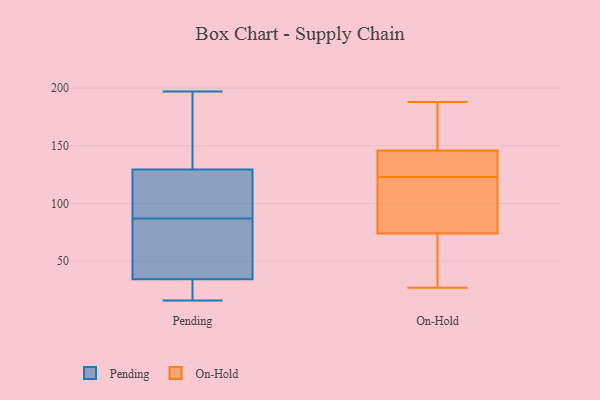
{"axis": {"x": "Budget (USD K)", "y": "Value"}, "legend": ["On-Hold", "Pending"], "data": [{"x": "", "y": 73, "type": "Pending"}, {"x": "", "y": 22, "type": "Pending"}, {"x": "", "y": 122, "type": "Pending"}, {"x": "", "y": 21, "type": "Pending"}, {"x": "", "y": 109, "type": "Pending"}, {"x": "", "y": 79, "type": "Pending"}, {"x": "", "y": 20, "type": "Pending"}, {"x": "", "y": 48, "type": "Pending"}, {"x": "", "y": 171, "type": "Pending"}, {"x": "", "y": 87, "type": "Pending"}, {"x": "", "y": 142, "type": "Pending"}, {"x": "", "y": 30, "type": "Pending"}, {"x": "", "y": 113, "type": "Pending"}, {"x": "", "y": 164, "type": "Pending"}, {"x": "", "y": 47, "type": "Pending"}, {"x": "", "y": 16, "type": "Pending"}, {"x": "", "y": 111, "type": "Pending"}, {"x": "", "y": 197, "type": "Pending"}, {"x": "", "y": 132, "type": "Pending"}, {"x": "", "y": 180, "type": "On-Hold"}, {"x": "", "y": 75, "type": "On-Hold"}, {"x": "", "y": 139, "type": "On-Hold"}, {"x": "", "y": 103, "type": "On-Hold"}, {"x": "", "y": 77, "type": "On-Hold"}, {"x": "", "y": 187, "type": "On-Hold"}, {"x": "", "y": 141, "type": "On-Hold"}, {"x": "", "y": 143, "type": "On-Hold"}, {"x": "", "y": 124, "type": "On-Hold"}, {"x": "", "y": 188, "type": "On-Hold"}, {"x": "", "y": 27, "type": "On-Hold"}, {"x": "", "y": 122, "type": "On-Hold"}, {"x": "", "y": 140, "type": "On-Hold"}, {"x": "", "y": 149, "type": "On-Hold"}, {"x": "", "y": 102, "type": "On-Hold"}, {"x": "", "y": 42, "type": "On-Hold"}, {"x": "", "y": 150, "type": "On-Hold"}, {"x": "", "y": 58, "type": "On-Hold"}, {"x": "", "y": 73, "type": "On-Hold"}, {"x": "", "y": 29, "type": "On-Hold"}]}